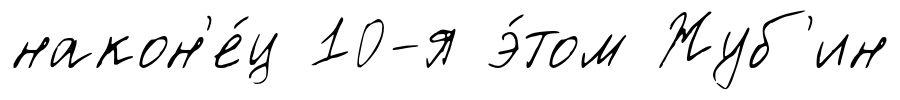
након'е́ц 10-я э́том Жуб'ин